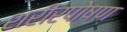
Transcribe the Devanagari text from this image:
शरीरपोषण